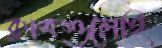
ক্লাবগুলোই